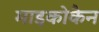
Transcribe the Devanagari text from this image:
माइकोकैन